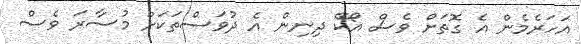
އަހަރެމެން އެ ގޮތަށް ވެސް އޯކޭ ދިނިން އެ ދުވަސްތަކަށް މުސާރަ ވެސް